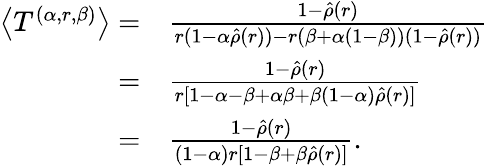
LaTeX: \begin{array}{rl}{\left\langle T^{(\alpha,r,\beta)}\right\rangle=}&{\frac{1-\hat{\rho}(r)}{r(1-\alpha\hat{\rho}(r))-r(\beta+\alpha(1-\beta))(1-\hat{\rho}(r))}}\\ {=}&{\frac{1-\hat{\rho}(r)}{r[1-\alpha-\beta+\alpha\beta+\beta(1-\alpha)\hat{\rho}(r)]}}\\ {=}&{\frac{1-\hat{\rho}(r)}{(1-\alpha)r[1-\beta+\beta\hat{\rho}(r)]}.}\end{array}